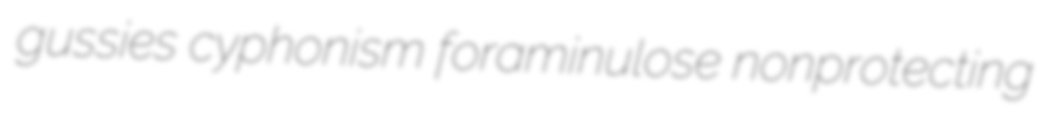
gussies cyphonism foraminulose nonprotecting